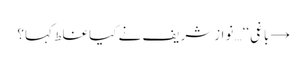
→ باغی‘‘… نوازشریف نے کیا غلط کہا؟